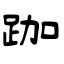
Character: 跏